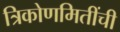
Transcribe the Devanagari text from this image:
त्रिकोणमितींची